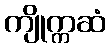
ကျိုက္ကဆံ